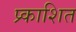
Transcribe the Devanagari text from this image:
प्र्काशित